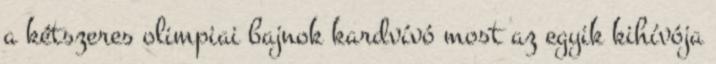
a kétszeres olimpiai bajnok kardvívó most az egyik kihívója